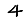
Digit: 4